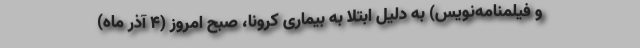
و فیلمنامه‌نویس) به دلیل ابتلا به بیماری کرونا، صبح امروز (4 آذر ماه)